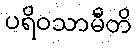
ပရိဝသာမီတိ